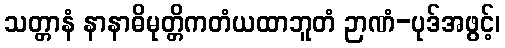
သတ္တာနံ နာနာဓိမုတ္တိကတံယထာဘူတံ ဉာဏံ-ပုဒ်အဖွင့်၊